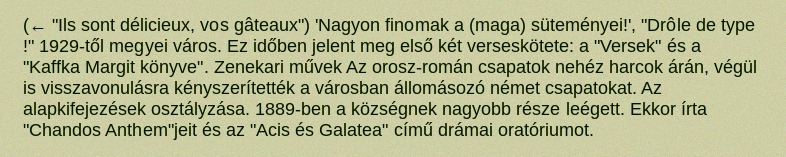
(← "Ils sont délicieux, vos gâteaux") 'Nagyon finomak a (maga) süteményei!', "Drôle de type !" 1929-től megyei város. Ez időben jelent meg első két verseskötete: a "Versek" és a "Kaffka Margit könyve". Zenekari művek Az orosz-román csapatok nehéz harcok árán, végül is visszavonulásra kényszerítették a városban állomásozó német csapatokat. Az alapkifejezések osztályzása. 1889-ben a községnek nagyobb része leégett. Ekkor írta "Chandos Anthem"jeit és az "Acis és Galatea" című drámai oratóriumot.